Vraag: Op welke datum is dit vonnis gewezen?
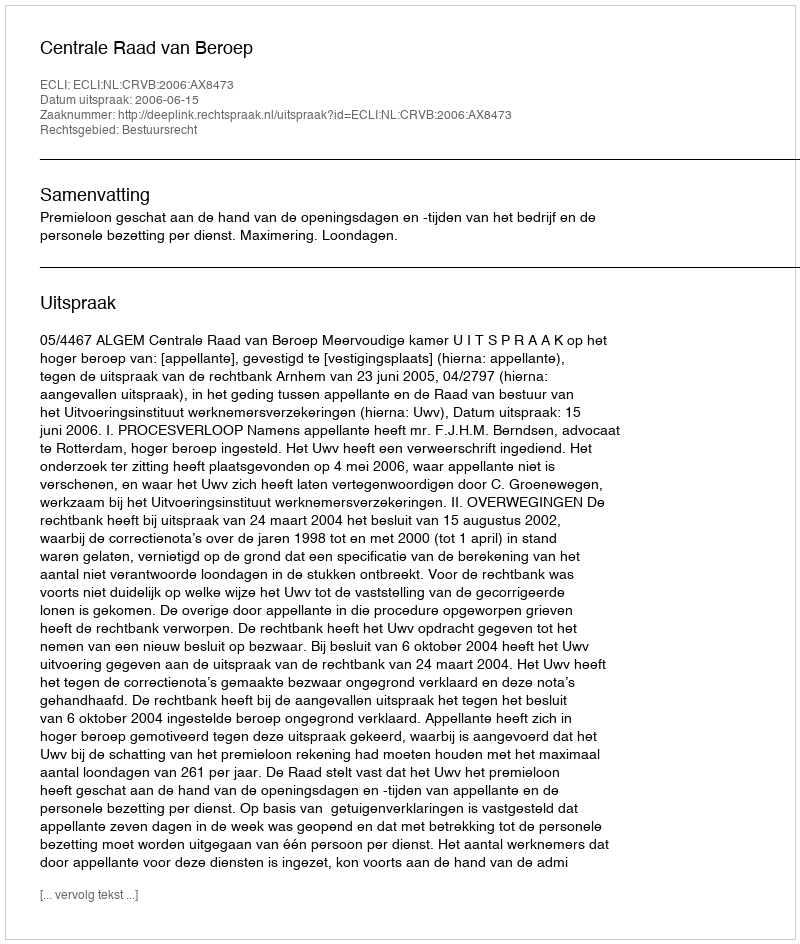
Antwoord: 2006-06-15